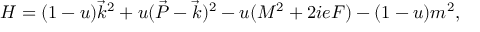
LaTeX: { \cal H } = ( 1 - u ) \vec { k } ^ { 2 } + u ( \vec { P } - \vec { k } ) ^ { 2 } - u ( M ^ { 2 } + 2 i e F ) - ( 1 - u ) m ^ { 2 } ,